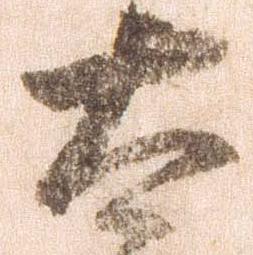
太